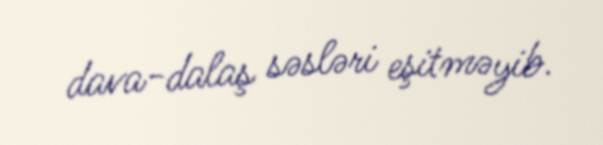
dava-dalaş səsləri eşitməyib.